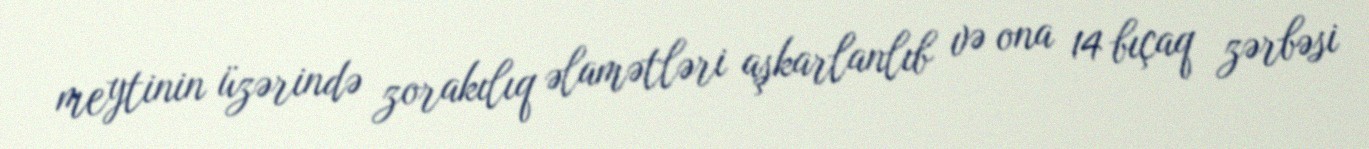
meytinin üzərində zorakılıq əlamətləri aşkarlanlıb və ona 14 bıçaq zərbəsi